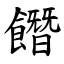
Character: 䭙